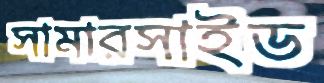
সামারসাইড